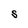
Character: S